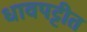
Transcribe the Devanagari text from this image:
धावपट्टीत